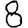
Digit: 8